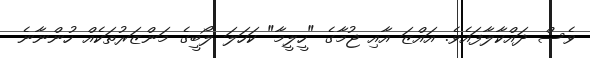
ވެސް ދައްކާލާފައެވެ. އައްޒަ އާއި ޖުމާގެ "ހީލީމާ" ކަހަލަ ލޯބީގެ މަންޒަރުތަކެއް ހުންނާނެ